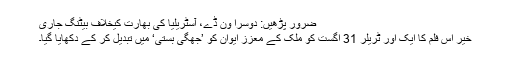
ضرور پڑھیں: دوسرا ون ڈے، آسٹریلیا کی بھارت کیخلاف بیٹنگ جاری
خیر اس فلم کا ایک اور ٹریلر 31 اگست کو ملک کے معزز ایوان کو ’جھگی بستی‘ میں تبدیل کر کے دکھایا گیا۔